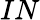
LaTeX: IN